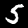
Label: 5